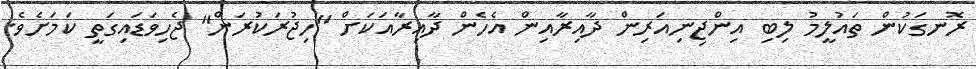
ރޮނގަކުން ތައުލީމު ލިބި އިންޖިނިއަރިން ދާއިރާއިން އެހެން ދާއިރާއަކަށް "ހިޖުރަކުރަން" ޖެހިވަޑައިގަތީ ކަމަށެވެ.